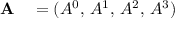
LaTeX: \begin{array} { r l } { \mathbf { A } } & { { } = ( A ^ { 0 } , \, A ^ { 1 } , \, A ^ { 2 } , \, A ^ { 3 } ) } \end{array}